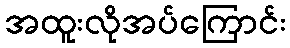
အထူးလိုအပ်ကြောင်း